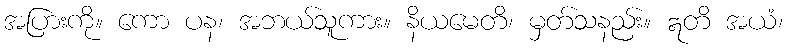
အပြားကို။ ကော ပန၊ အဘယ်သူကား။ နိယမေတိ၊ မှတ်သနည်း။ ဣတိ အယံ၊